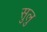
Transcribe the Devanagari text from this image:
सुलु